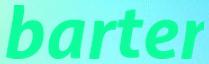
barter